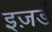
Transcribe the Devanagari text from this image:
इज़र्ड